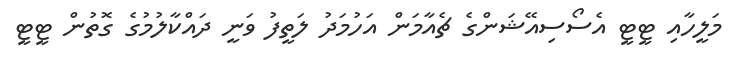
މަލީހާއި ޓީޓީ އެސޯސިއޭޝަންގެ ޗެއާމަން އަހުމަދު ލަތީފު ވަނީ ދައްކާލުމުގެ ގޮތުން ޓީޓީ